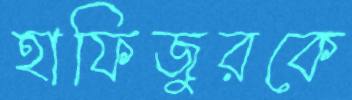
হাফিজুরকে